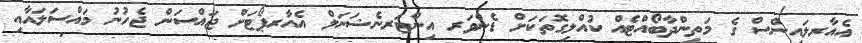
އެއާރލައިންސް ގެ މަތިންދާބޯއްޓެއް ކުއްލިގޮތަކަށް ޑެންވަރ އިންޓަރނެޝަނަލް އެއާރޕޯޓަށް ޖައްސަން ޖެހުނު މައްސަލައާއި